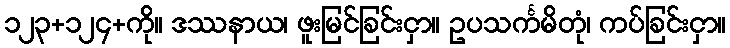
၁၂၃+၁၂၄+ကို။ ဒဿနာယ၊ ဖူးမြင်ခြင်းငှာ။ ဥပသင်္ကမိတုံ၊ ကပ်ခြင်းငှာ။